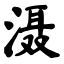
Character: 滠